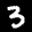
Label: 3